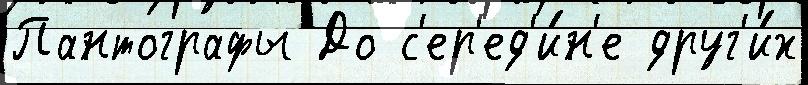
Пантографы До с'ер'ед'и́н'е друг'и́х